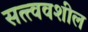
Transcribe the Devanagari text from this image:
सत्त्ववशील